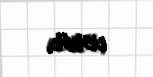
verir.